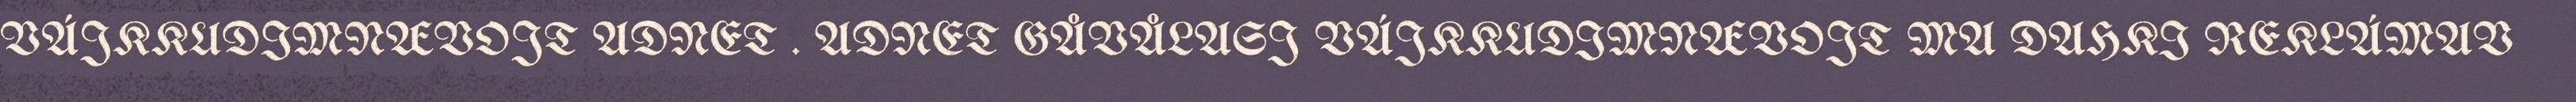
VÁJKKUDIMNÆVOJT ADNET . ADNET GÅVÅLASJ VÁJKKUDIMNÆVOJT MA DAHKI REKLÁMAV